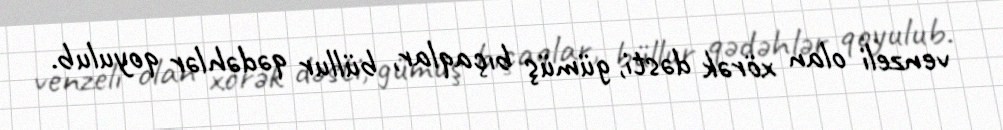
venzeli olan xörək dəsti, gümüş bıçaqlar, büllur qədəhlər qoyulub.